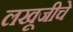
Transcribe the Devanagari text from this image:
लखूजीचे